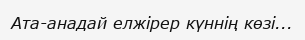
Ата-анадай елжірер күннің көзі...